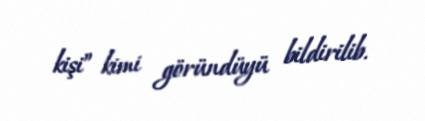
kişi” kimi göründüyü bildirilib.